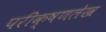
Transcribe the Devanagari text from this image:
परीक्षणलेख